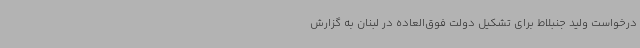
درخواست ولید جنبلاط برای تشکیل دولت فوق‌العاده در لبنان به گزارش